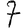
Digit: 7